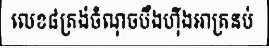
លេខ៨ត្រង់ចំណុចបឹងហ៊ីងអាត្រនប់